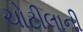
ચોટીલાની